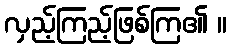
လှည့်ကြည့်ဖြစ်ကြ၏ ။